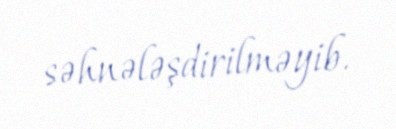
səhnələşdirilməyib.